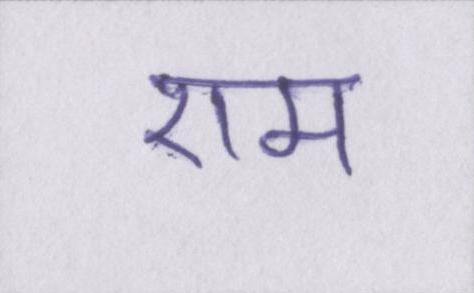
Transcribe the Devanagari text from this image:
एम